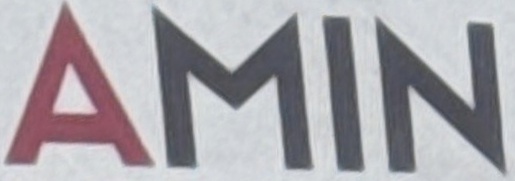
AMIN